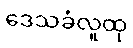
ဒေသခံလူထု